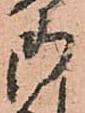
御